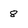
Character: 8